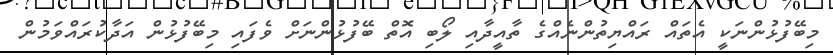
މިބޭފުޅުންނަކީ އެތައް ރައްޔިތުންނެއްގެ ތާއީދާއި ލޯބި އޮތް ބޭފުޅުންނަށް ވެފައި މިބޭފުޅުން އަދާކުރައްވަމުން